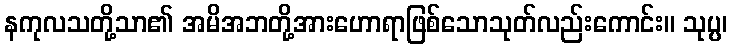
နကုလသတို့သာ၏ အမိအဘတို့အားဟောရာဖြစ်သောသုတ်လည်းကောင်း။ သုပ္ပ၊